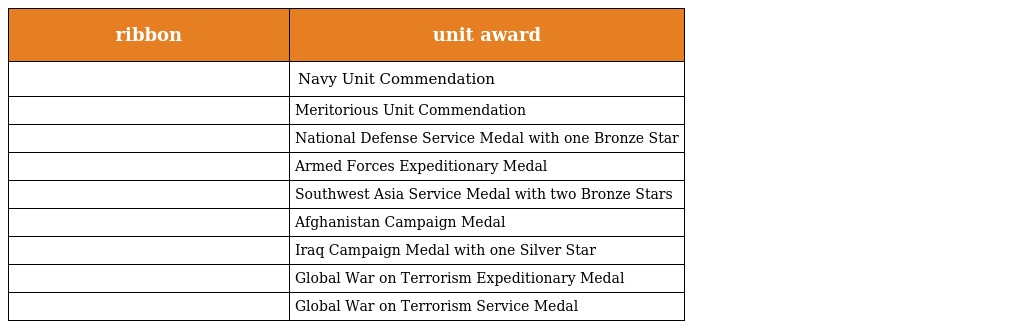
| ribbon | unit award |
 | --- | --- |
 |  | Navy Unit Commendation |
 |  | Meritorious Unit Commendation |
 |  | National Defense Service Medal with one Bronze Star |
 |  | Armed Forces Expeditionary Medal |
 |  | Southwest Asia Service Medal with two Bronze Stars |
 |  | Afghanistan Campaign Medal |
 |  | Iraq Campaign Medal with one Silver Star |
 |  | Global War on Terrorism Expeditionary Medal |
 |  | Global War on Terrorism Service Medal |